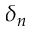
\delta _ { n }